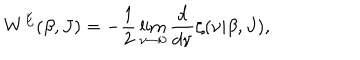
W ^ { E } ( \beta , J ) = - \frac 1 2 \lim _ { \nu \rightarrow 0 } { \frac { d } { d \nu } } \zeta ( \nu | \beta , J ) ,